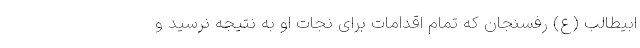
ابیطالب (ع) رفسنجان که تمام اقدامات برای نجات او به نتیجه نرسید و